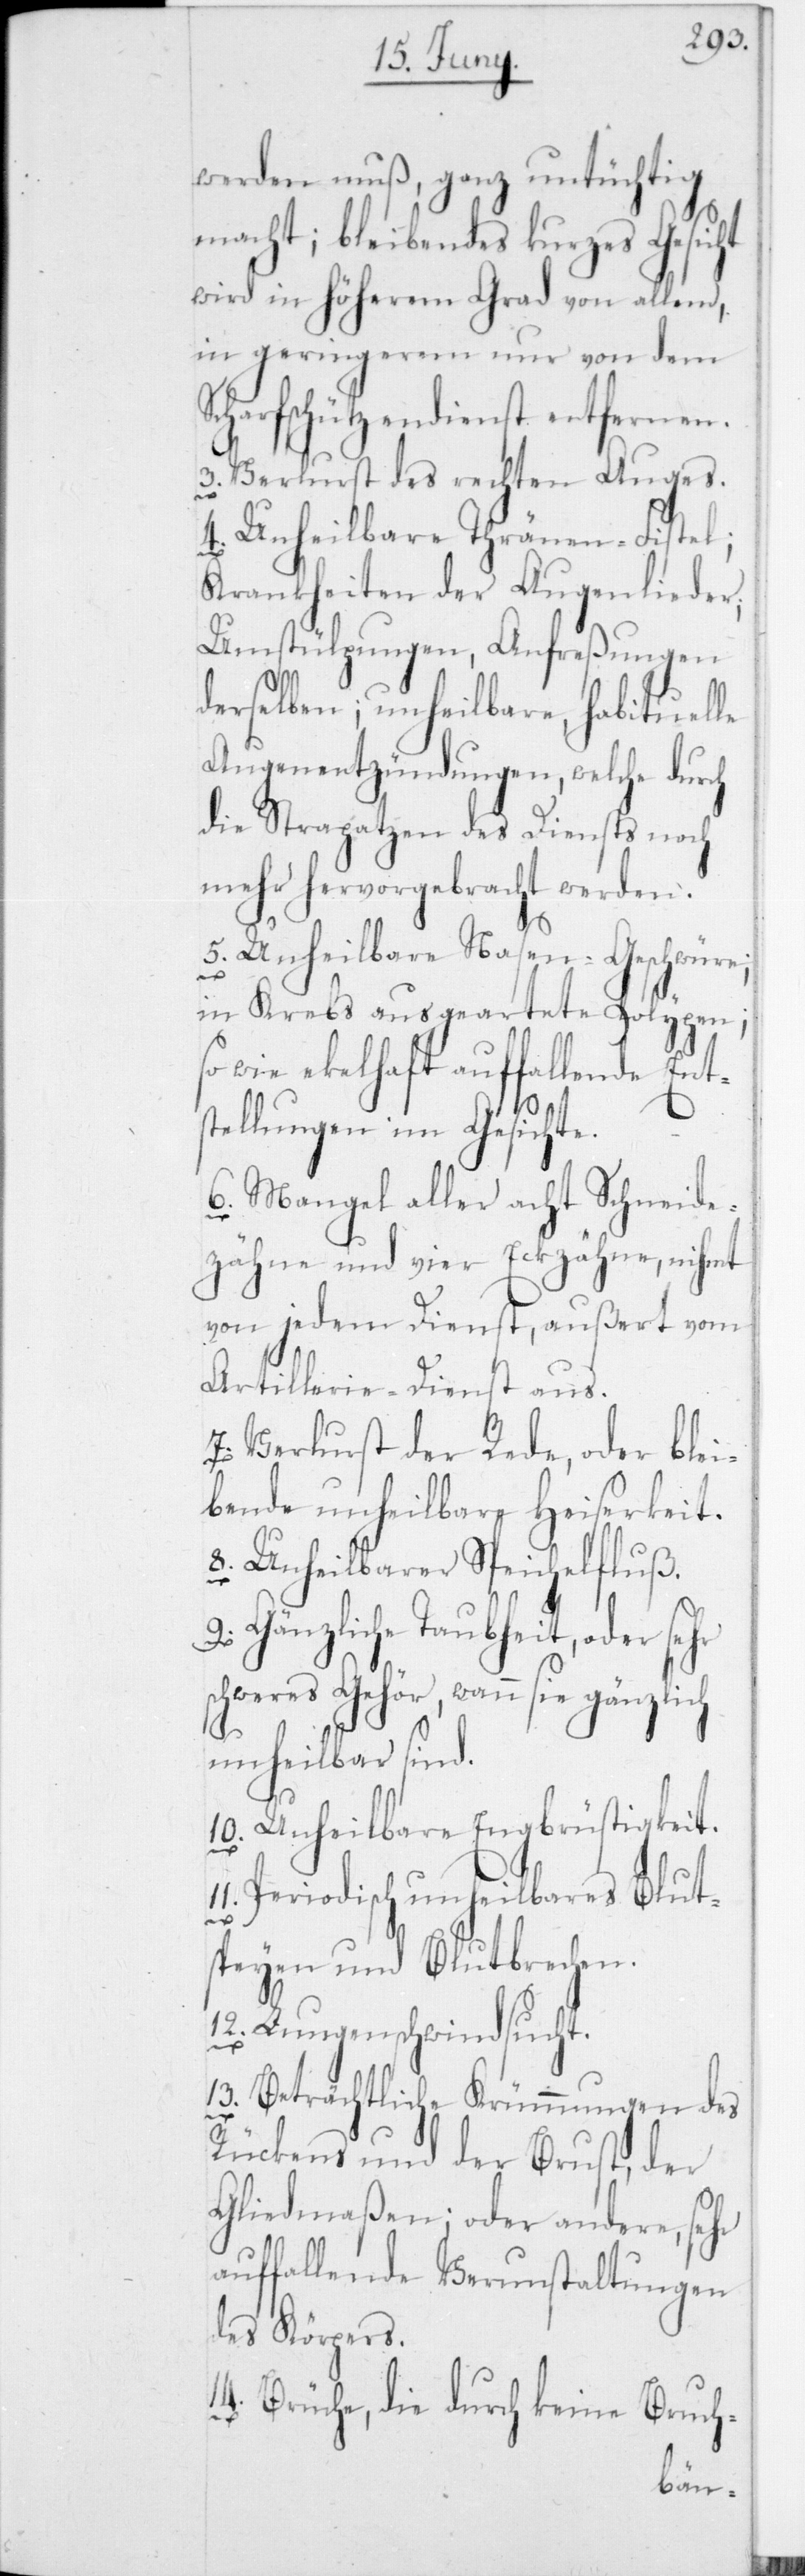
werden muß, ganz untü¬
macht; bleibendes kurzes
wird in höherem Grad von allem,
in geringerem nur von dem
charfschützendienst entfernen.
3. Verlust des rechten Auges.
4. Unheilbare Thränen-Fistel,
Krankheiten der Augenlieder,
Umstülpungen, Anfreßungen
derselben; unheilbare, habituelle
Augenentzündungen, welche durch
die Strapazen des Diensts noch
mehr hervorgebracht werden.
5. Unheilbare Nasen-Geschwüre;
keit.
in Krebs ausgeartete Polypen;
sowie ekelhaft auffallende Ents¬
tellungen im Gesicht.
6. Mangel aller acht Schneide¬
zähne und vier Eckzähne, nihmt
von jedem Dienst, außert vom
Artillerie-Dienst aus.
7. Verlust der Rede, oder blei¬
bende unheilbare Heiserkeit.
8. Unheilbarer Speichelfluß.
9. Gänzliche Taubheit, oder se¬
schweres Gehör, wann sie gänzli¬
unheilbar sind.
10. Unheilbare Engbrüstig¬
11. Periodisch unheilbares Blut¬
ch
speyen und Blutbrechen.
12. Lungenschwindsucht.
13. Beträchtliche Krümmungen des
Rückens und der Brust, der
Gliedmaßen; oder andere, sehr
auffallende Verunstaltungen
des Körpers.
Brüche, die durch keine Bruch-
hr